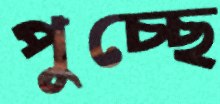
পুচ্ছে